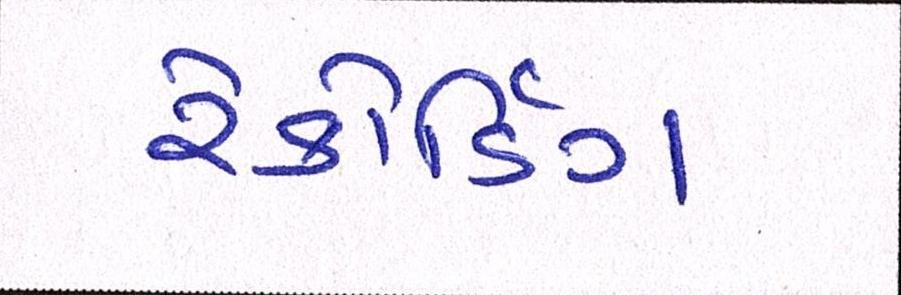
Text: રેકોર્ડિંગ